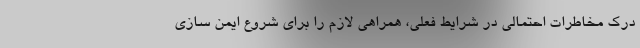
درک مخاطرات احتمالی در شرایط فعلی، همراهی لازم را برای شروع ایمن سازی